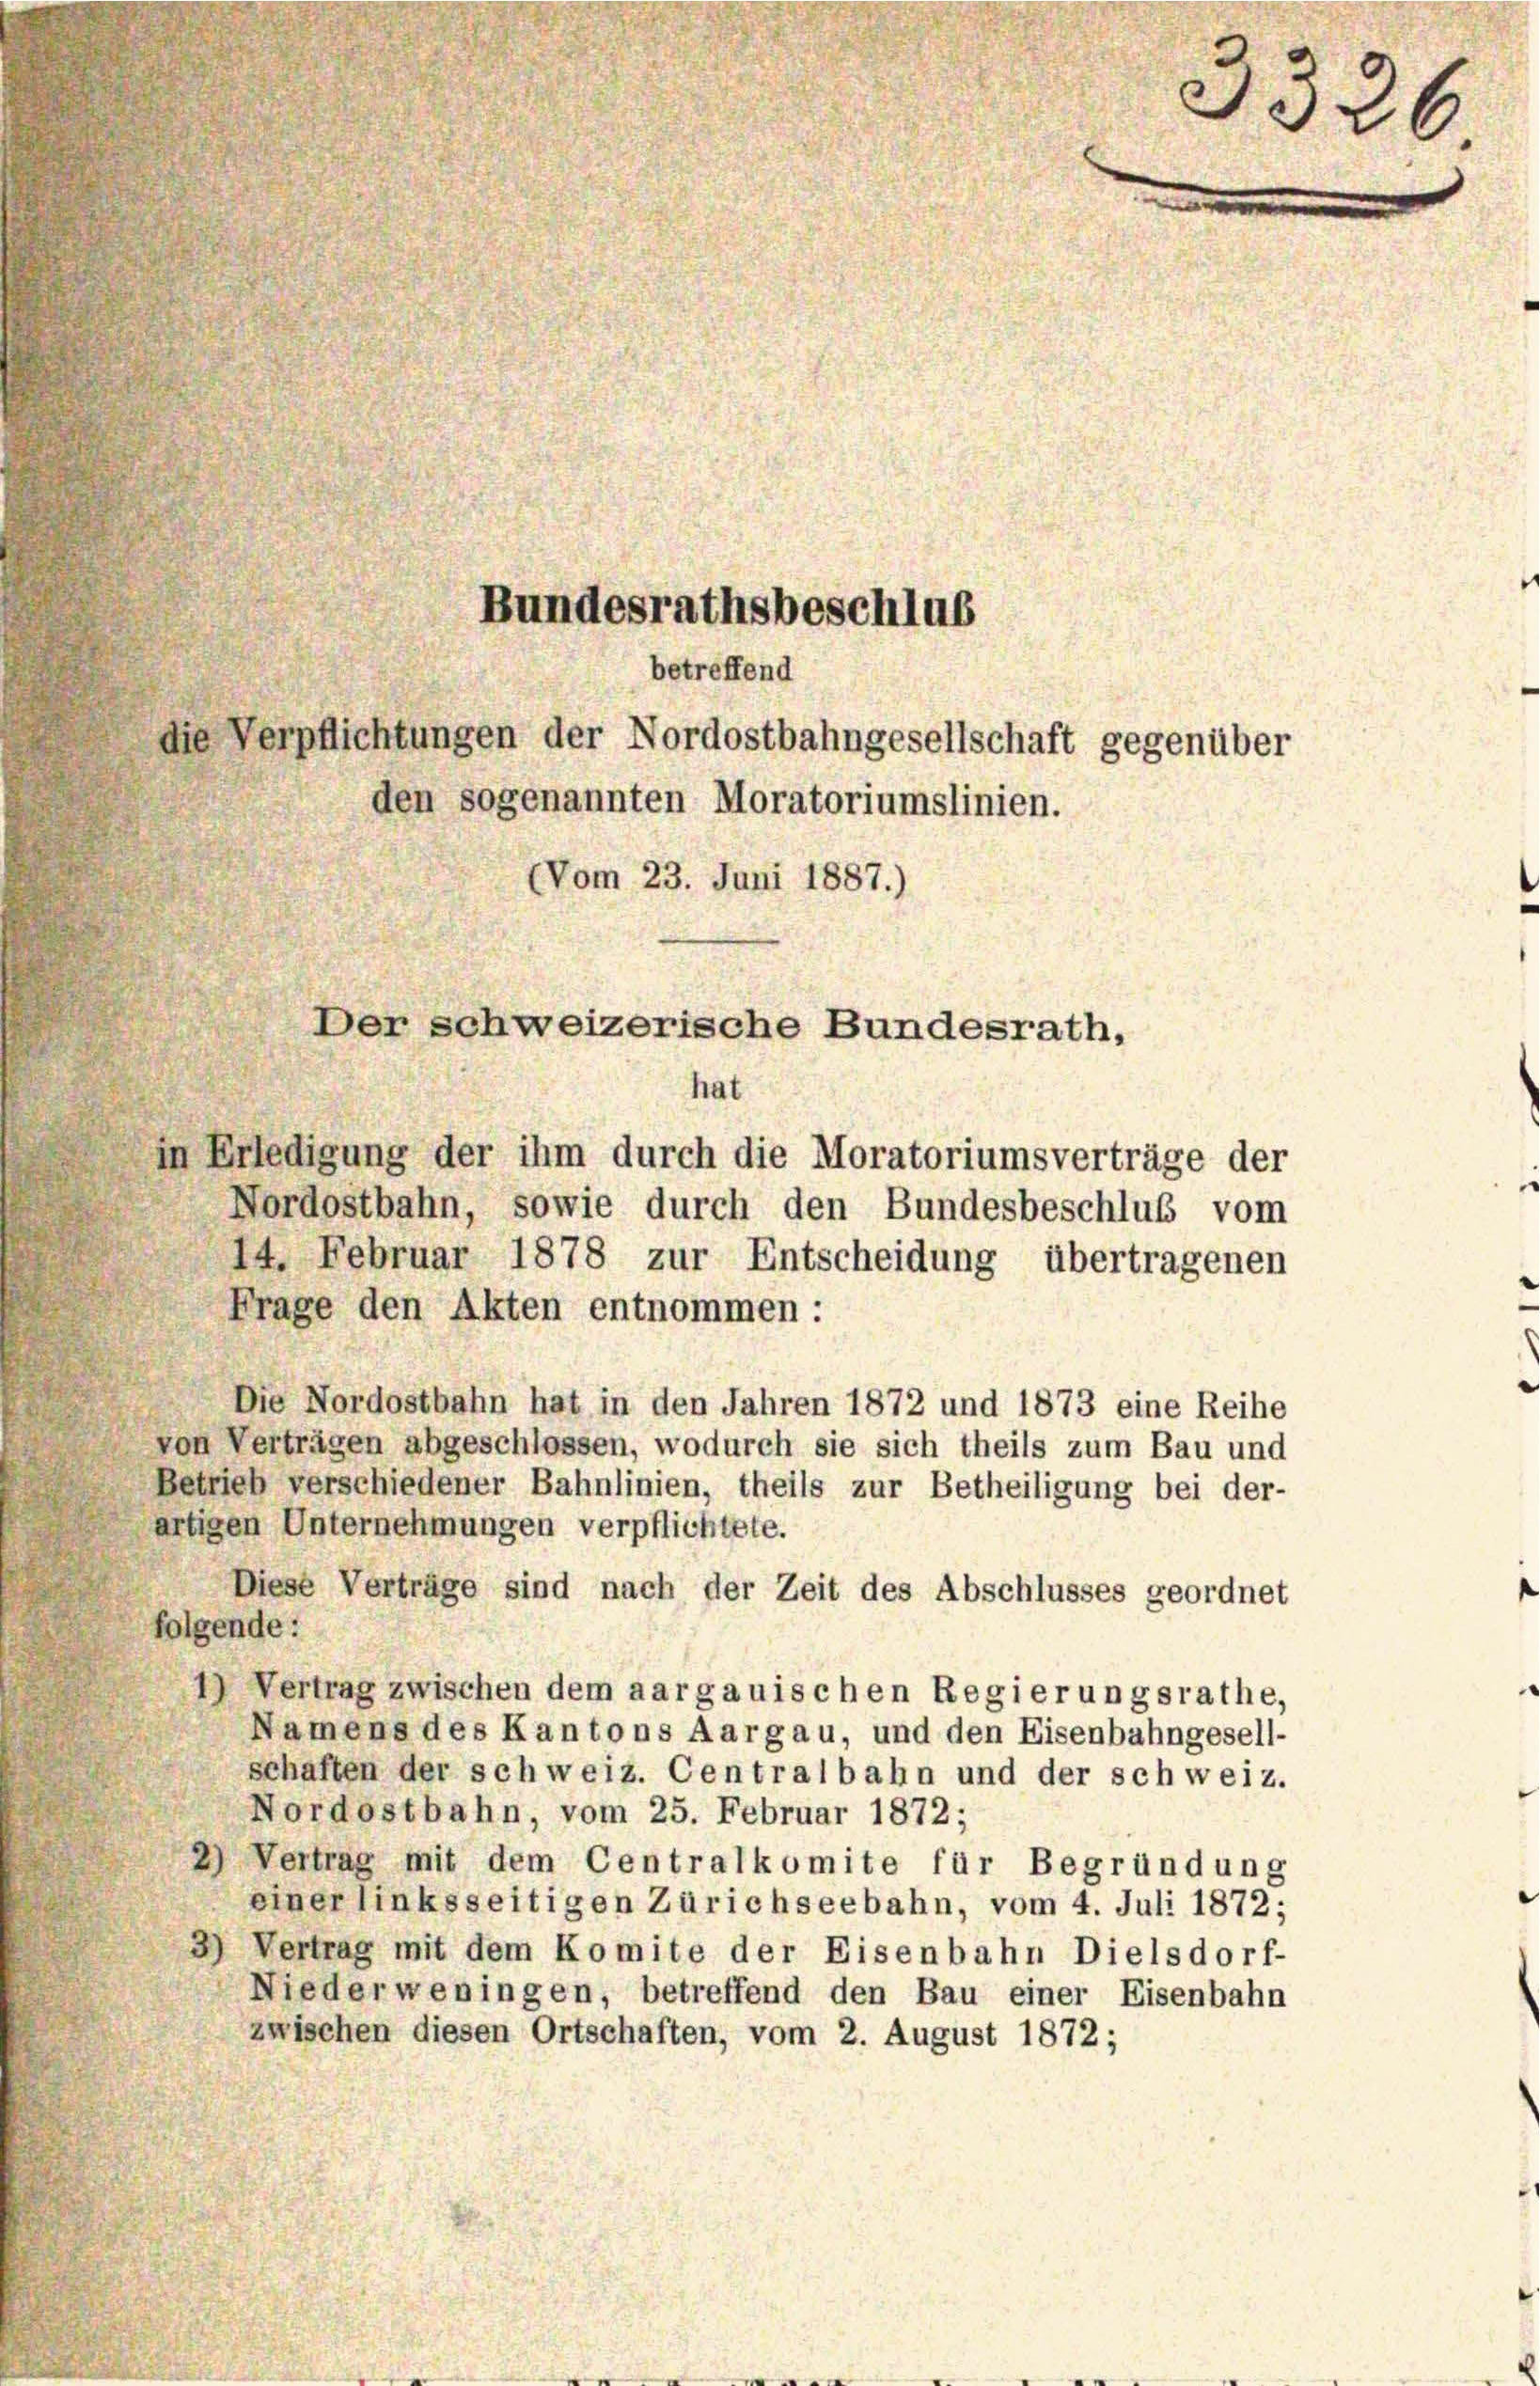
in Erledigung der ihm durch die Moratoriumsverträge der
Nordostbahn, sowie durch den Bundesbeschluß vom
14. Februar 1878 zur Entscheidung übertragenen
Frage den Akten entnommen :
Die Nordostbahn hat in den Jahren 1872 und 1873 eine Reihe
von Verträgen abgeschlossen, wodurch sie sich theils zum Bau und
Betrieb verschiedener Bahnlinien, theils zur Betheiligung bei der-
artigen Unternehmungen verpflichtete.
Diese Verträge sind nach der Zeit des Abschlusses geordnet
folgende:
1) Vertrag zwischen dem aargauischen Regierungsrathe,
Namens des Kantons Aargau, und den Eisenbahngesell-
schaften der schweiz. Centralbahn und der schweiz.
Nordostbahn, vom 25. Februar 1872;
Vertrag mit dem Centralkomite für Begründung
einer linksseitigen Zürichseebahn, vom 4. Juli 1872.
3) Vertrag mit dem Komite der Eisenbahn Dielsdorf-
Niederweningen, betreffend den Bau einer Eisenbahn
zwischen diesen Ortschaften, vom 2. August 1872;

Bundesrathsbeschlus
betreffend
die Verpflichtungen der Nordostbahngesellschaft gegenüber
den sogenannten Moratoriumslinien.
(Vom 23. Juni 1887.)

Der schweizerische Bundesrath,
hat

3326